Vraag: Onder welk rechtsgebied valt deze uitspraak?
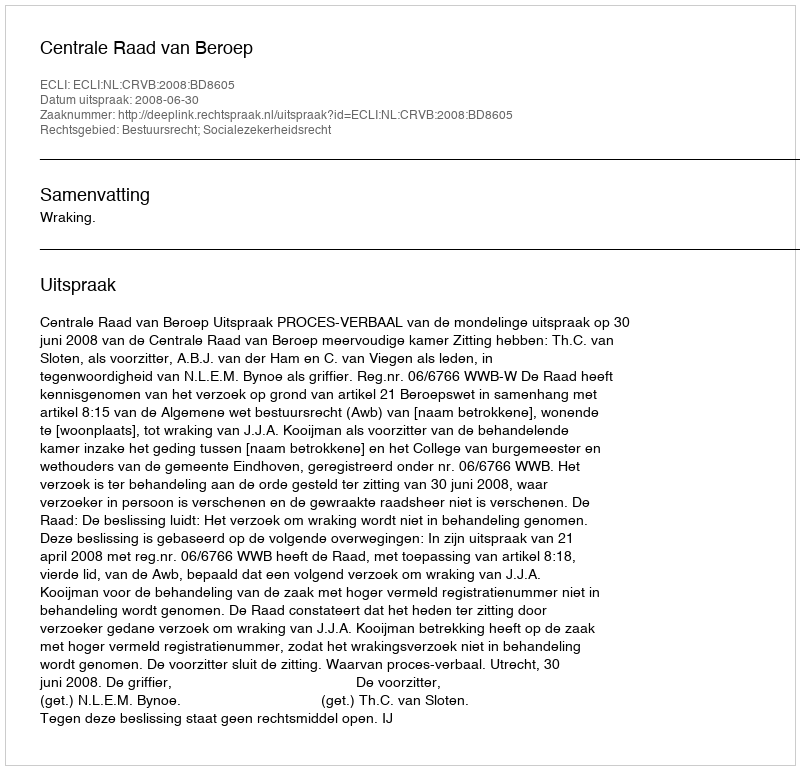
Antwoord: Bestuursrecht; Socialezekerheidsrecht